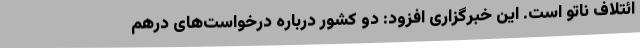
ائتلاف ناتو است. این خبرگزاری افزود: دو کشور درباره درخواست‌های درهم